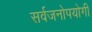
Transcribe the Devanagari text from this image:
सर्वजनाेपयाेगी